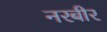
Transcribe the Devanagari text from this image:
नरबीर